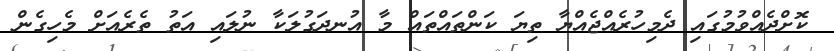
ކޮށްދެއްވުމުގައި ދެމިހުރެއްޖެއްޔާ ތިޔަ ކަންތައްތައް މާ އުނދަގުލަކާ ނުލައި އަތު ތެރެއަށް މެހިގެން